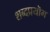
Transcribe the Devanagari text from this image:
शब्दप्रयॊग